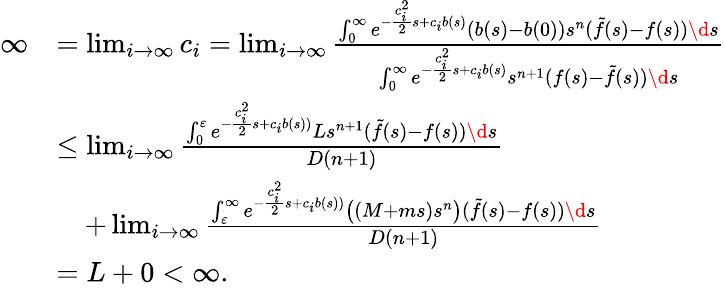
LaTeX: \begin{array}{rl}{\infty}&{=\operatorname*{lim}_{i\to\infty}c_{i}=\operatorname*{lim}_{i\to\infty}\frac{\int_{0}^{\infty}e^{-\frac{c_{i}^{2}}{2}s+c_{i}b(s)}(b(s)-b(0))s^{n}(\tilde{f}(s)-f(s))\d s}{\int_{0}^{\infty}e^{-\frac{c_{i}^{2}}{2}s+c_{i}b(s)}s^{n+1}(f(s)-\tilde{f}(s))\d s}}\\ &{\leq\operatorname*{lim}_{i\to\infty}\frac{\int_{0}^{\varepsilon}e^{-\frac{c_{i}^{2}}{2}s+c_{i}b(s))}Ls^{n+1}(\tilde{f}(s)-f(s))\d s}{D(n+1)}}\\ &{\quad+\operatorname*{lim}_{i\to\infty}\frac{\int_{\varepsilon}^{\infty}e^{-\frac{c_{i}^{2}}{2}s+c_{i}b(s))}\big((M+ms)s^{n}\big)(\tilde{f}(s)-f(s))\d s}{D(n+1)}}\\ &{=L+0<\infty.}\end{array}